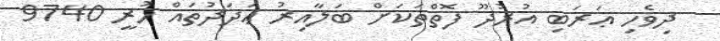
ދިވެހި ޢަރަބި އުރުދޫ ފޮތްތަކަށް ބަލާއިރު ޢަދަދުތައް ހުރީ 9740